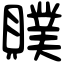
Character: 贌